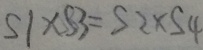
S 1 \times S 3 = S 2 \times S 4